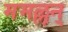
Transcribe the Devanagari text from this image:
ममल्लन्